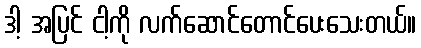
ဒါ့ အပြင် ငါ့ကို လက်ဆောင်တောင်ပေးသေးတယ်။